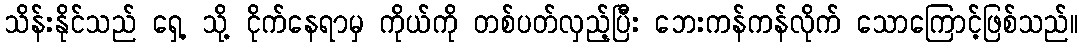
သိန်းနိုင်သည် ရှေ့ သို့ ငိုက်နေရာမှ ကိုယ်ကို တစ်ပတ်လှည့်ပြီး ဘေးကန်ကန်လိုက် သောကြောင့်ဖြစ်သည်။